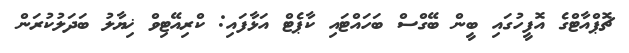
ޗޮޕްއާޓްގެ އޮފީހުގައި ބީން ބޭގްސް ބަހައްޓައި ކާޕެޓް އަޅާފައި: ކްރިއޭޓިވް ޚިޔާލު ބަދަލުކުރަން